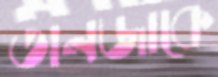
তানজাকে